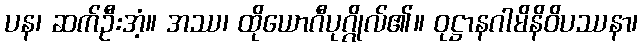
ပန၊ ဆက်ဦးအံ့။ အဿ၊ ထိုယောဂီပုဂ္ဂိုလ်၏။ ဝုဋ္ဌာနဂါမိနိဝိပဿနာ၊